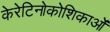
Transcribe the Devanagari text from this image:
केरेटिनोकोशिकाओं